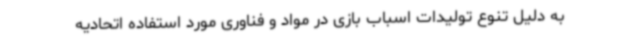
به دلیل تنوع تولیدات اسباب بازی در مواد و فناوری مورد استفاده اتحادیه